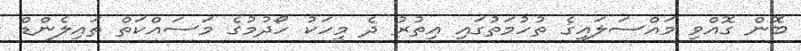
ބޮން ގޮއްވި މައްސަލައިގެ ތުހުމަތުގައި އިތުރު ދެ މީހަކު ހޯދުމުގެ މަސައްކަތް ތައިލެންޑް